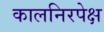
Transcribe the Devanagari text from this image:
कालनिरपेक्ष